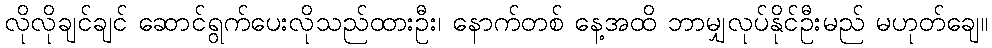
လိုလိုချင်ချင် ဆောင်ရွက်ပေးလိုသည်ထားဦး၊ နောက်တစ် နေ့အထိ ဘာမျှလုပ်နိုင်ဦးမည် မဟုတ်ချေ။